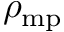
\rho _ { \mathrm { m p } } ^ { \ }